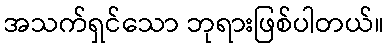
အသက်ရှင်သော ဘုရားဖြစ်ပါတယ်။